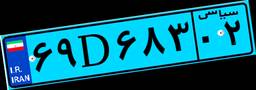
۷۲D۷۳۰۱۱